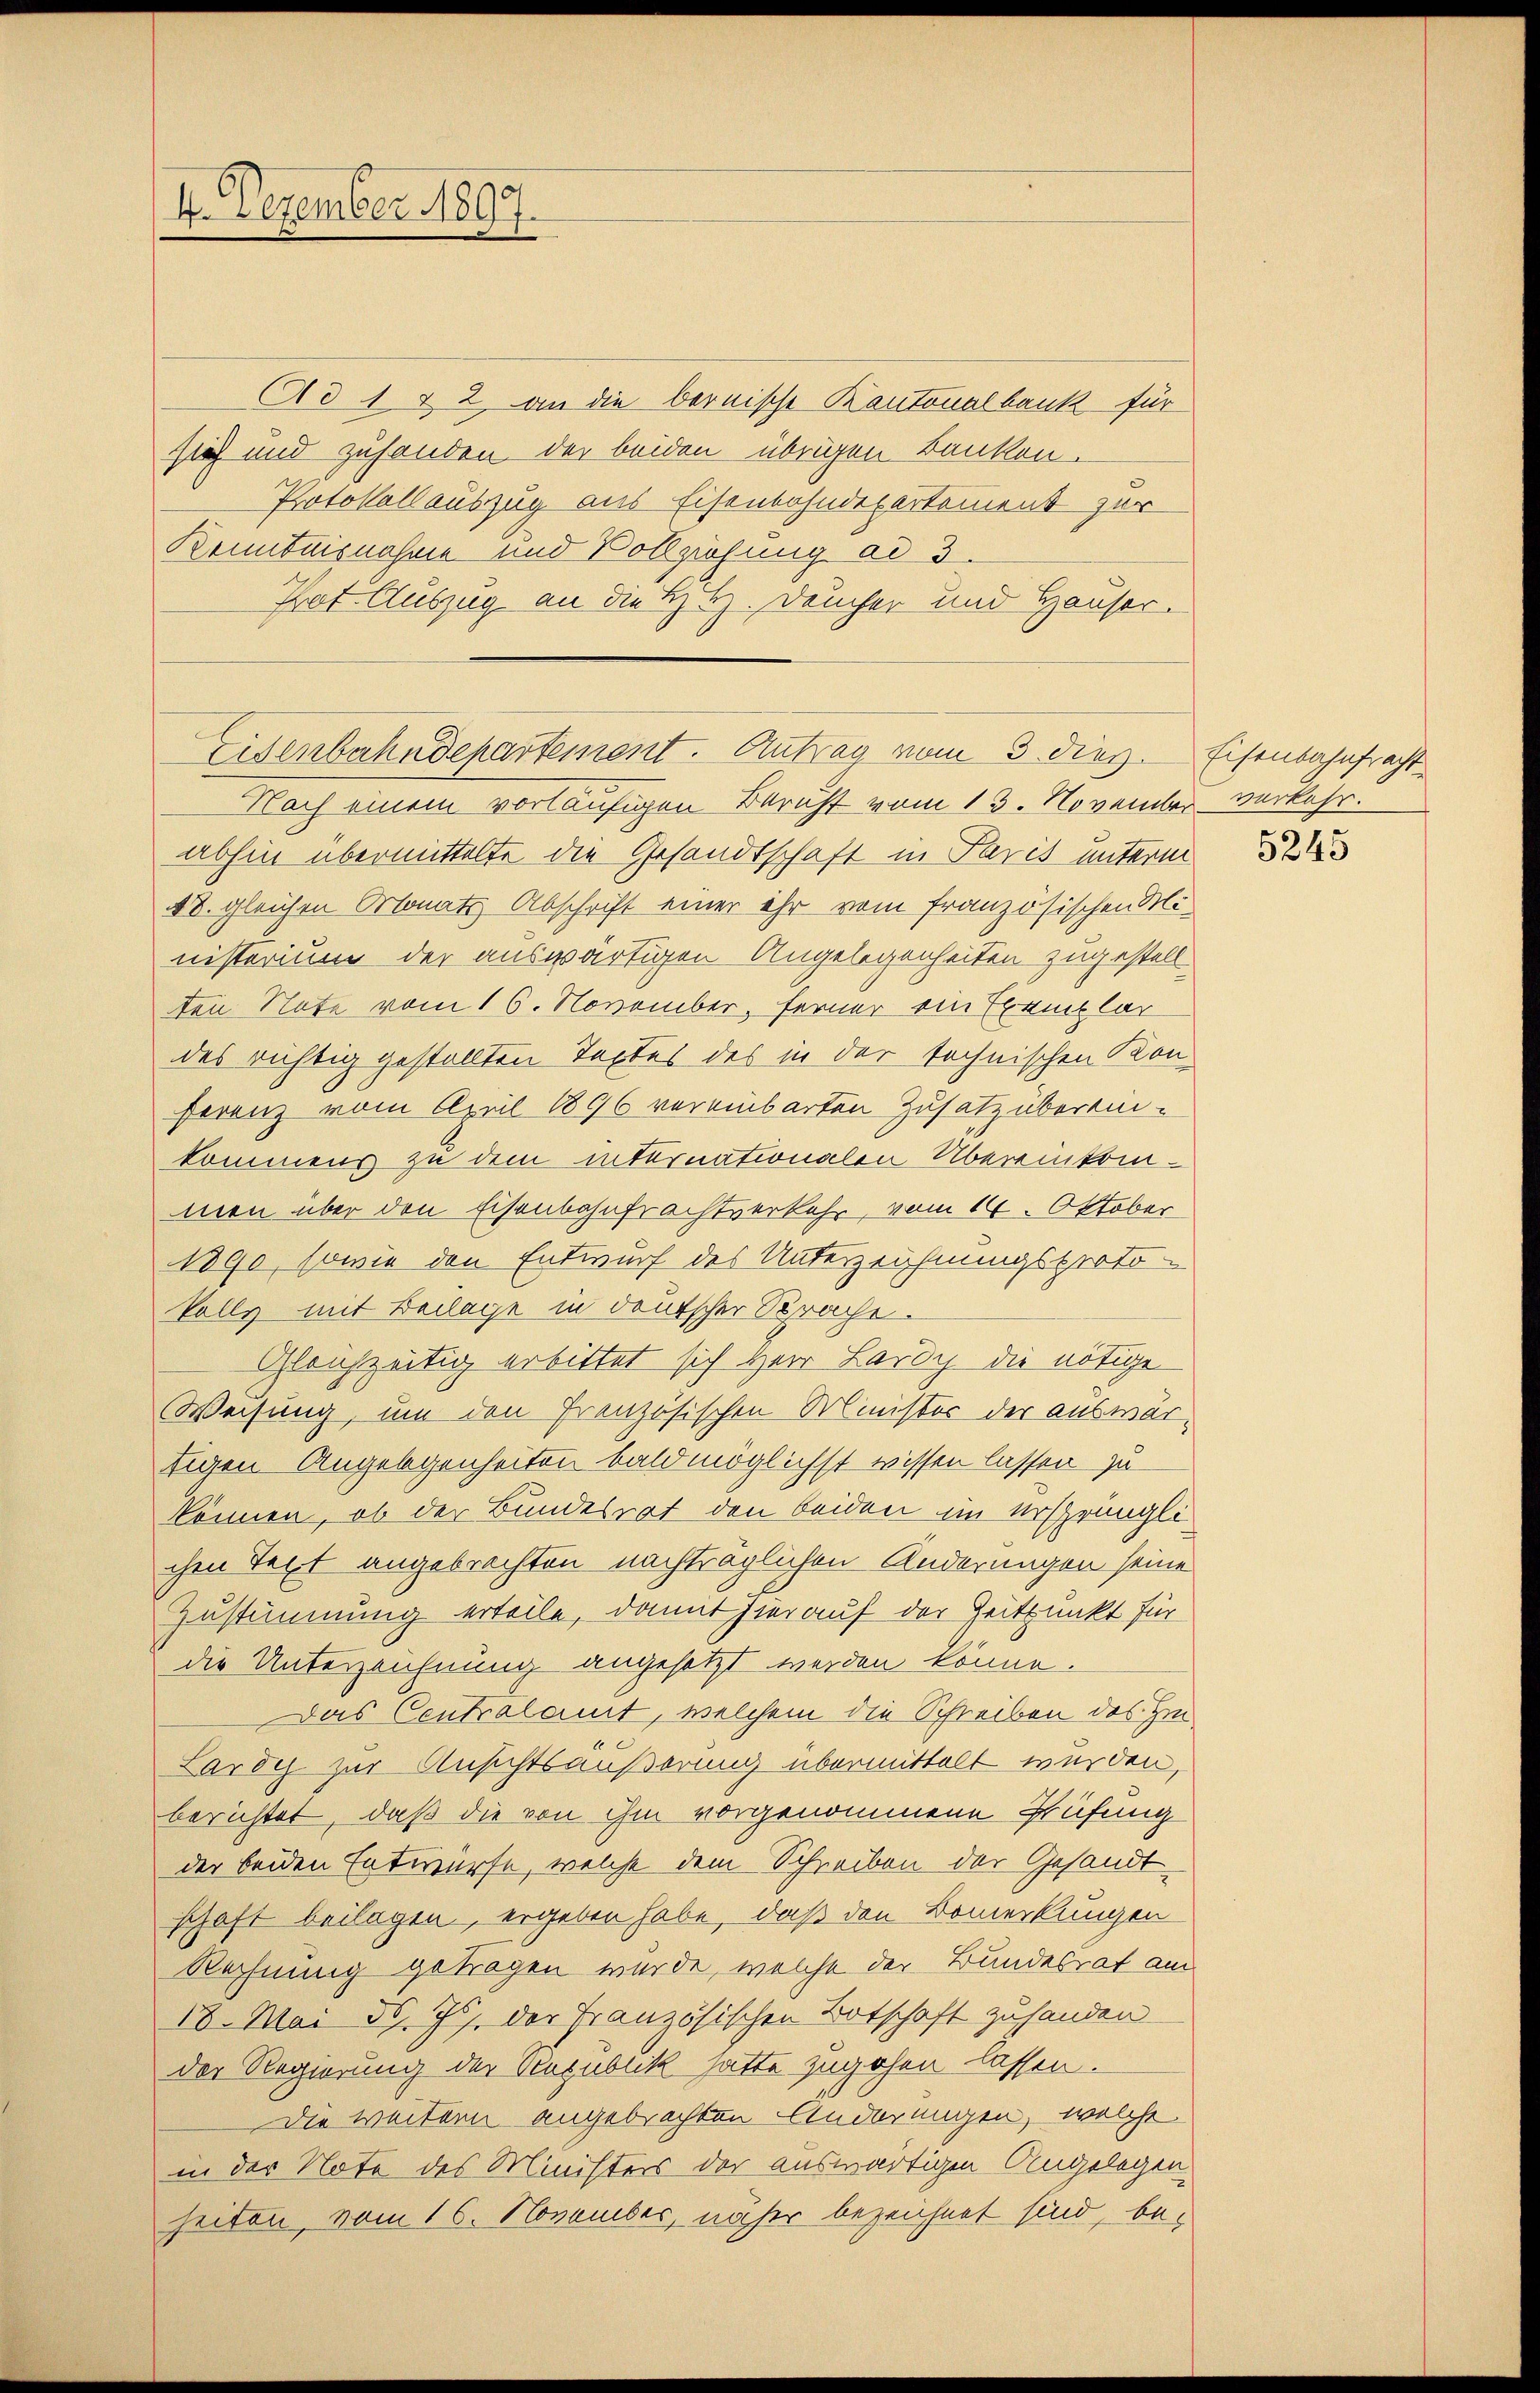
4. Dezember 1897.

Ad 1 & 2. an die bernische Kantonalbank für
sich und zuhanden der beiden übrigen Banken.
Protokollauszug aus Eisenbahndepartement zur
Kenntnisnahme und Vollziehung ad 3.
Trat Auszug an die H. H. Deucher und Hauser.

Eisenbahndepartement. Antrag vom 3. Diez. Eisenbahnfracht¬

Nach einem vorläufigen Bericht vom 13. November verkehr.
abhin übermittelte die Gesandtschaft in Paris unterm
48. gleichen Monats Abschrift einer ihr vom französischen Ministerium der auswärtigen Angelegenheiten zugestellten Note vom 16. November, Ferner ein Exemplar
des richtig gestellten Textes des in der technischen Konferenz vom April 1896 vereinbarten Zusatz überein-
kommens zu dem internationalen Übereinkommen über den Eisenbahnfrachtverkehr, vom 14. Oktober
1890, sowie den Entwurf des Unterzeichnungsproto¬
Volls mit Beilage in deutscher Sprache.
Gleichzeitig erbittet sich Herr Lardy die nötige
Weisung, um den Französischen Minister der auswärtigen Angelegenheiten bald möglichst wissen lassen zu
können, ob der Bundesrat den beiden im ersprünglichen Text angebrachten nachträglichen Änderungen seine
Zustimmung erteile, damit hierauf der Zeitpunkt für
die Unterzeichnung angesetzt werden könne.
Das Centralamt, welchem die Schreiben des Hin
Lardy zur Ansichtsäußerung übermittelt werden,
berichtet, daß die von ihm vorgenommene Prüfung
der beiden Entwürfe, welche dem Schreiben der Gesandt
schaft beilagen, ergeben habe, daß den Bemerkungen
Rechnung getragen wurde, welche der Bundesrat am
18. Mai 561. 76. der Französischen Botschaft zuhanden
der Regierung der Republik hatte zugehen lassen.
Die weitern angebrachten Änderungen, welche
in der Note des Ministers der auswärtigen Angelegen.
heiten, vom 16. November, näher bezeichnet sind, be¬

5245